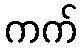
ကက်